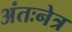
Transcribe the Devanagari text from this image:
अंतःनेत्र